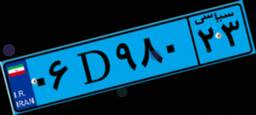
۰۶D۹۸۰۲۳